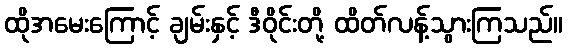
ထိုအမေးကြောင့် ချမ်းနှင့် ဒီဝိုင်းတို့ ထိတ်လန့်သွားကြသည်။